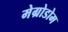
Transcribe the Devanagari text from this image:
मेग्रोडोम